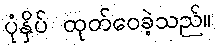
ပုံနှိပ် ထုတ်ဝေခဲ့သည်။